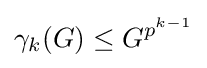
\gamma _{k}(G)\leq G^{p^{k-1}}